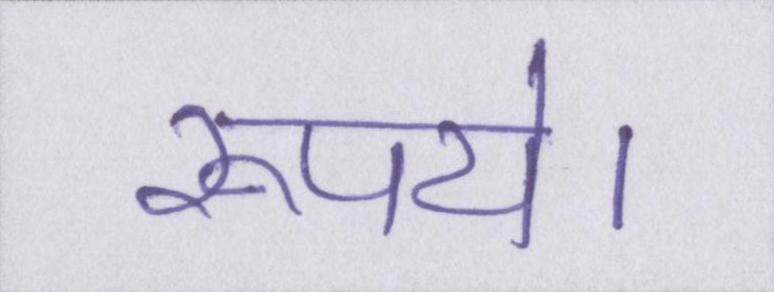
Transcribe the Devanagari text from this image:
रूपये।